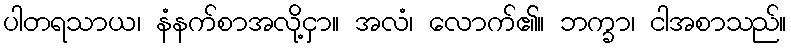
ပါတရသာယ၊ နံနက်စာအလို့ငှာ။ အလံ၊ လောက်၏။ ဘက္ခာ၊ ငါအစာသည်။